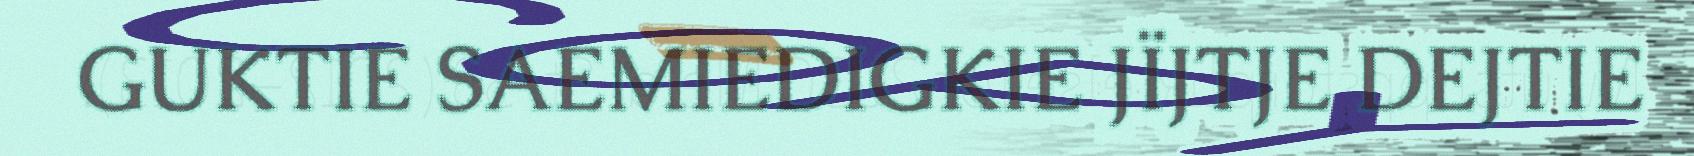
GUKTIE SAEMIEDIGKIE JÏJTJE DEJTIE